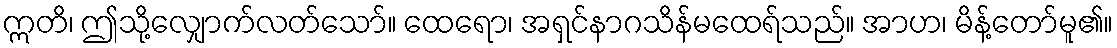
ဣတိ၊ ဤသို့လျှောက်လတ်သော်။ ထေရော၊ အရှင်နာဂသိန်မထေရ်သည်။ အာဟ၊ မိန့်တော်မူ၏။